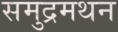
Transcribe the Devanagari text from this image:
समुद्रमथन